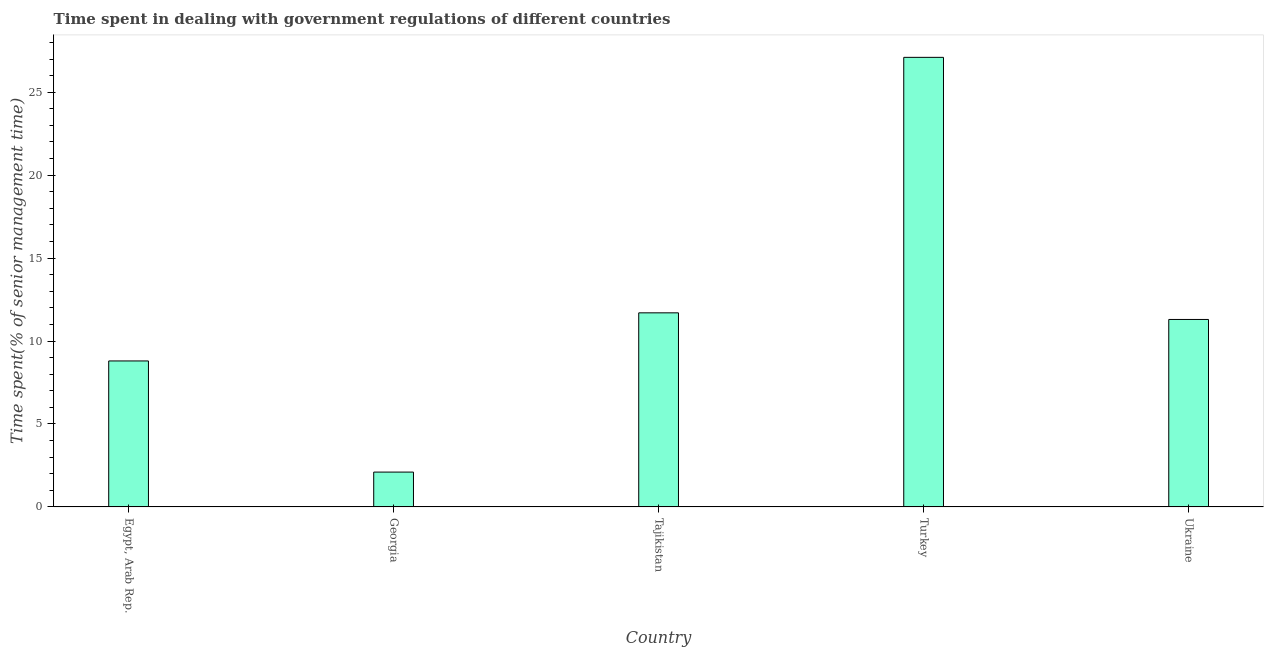
| Country | Government regulations |
 | --- | --- |
 | Egypt, Arab Rep. | 8.8 |
 | Georgia | 2.1 |
 | Tajikistan | 11.7 |
 | Turkey | 27.1 |
 | Ukraine | 11.3 |